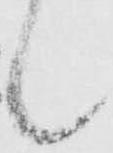
候